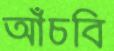
আঁচবি